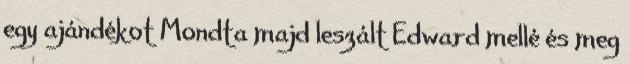
egy ajándékot Mondta majd leszált Edward mellé és meg